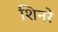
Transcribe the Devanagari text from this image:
शिनरे